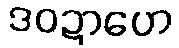
ဒဝဍာဟေ